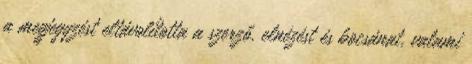
a megjegyzést eltávolította a szerző. elnézést és bocsánat, valami